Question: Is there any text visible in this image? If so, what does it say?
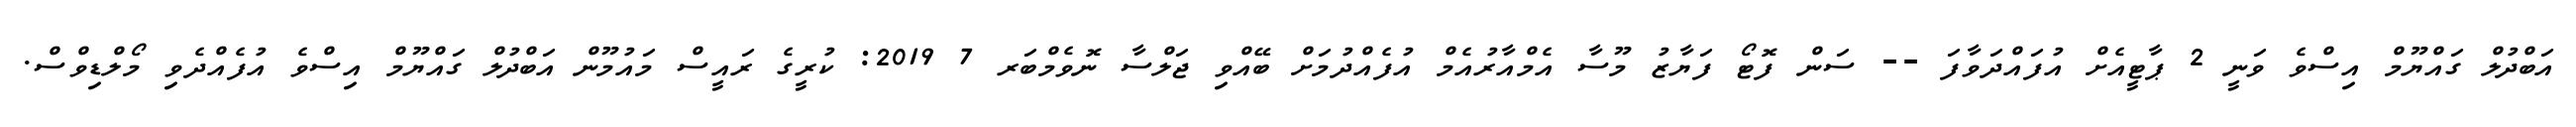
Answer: އަބްދުލް ގައްޔޫމް އިސްވެ ވަނީ 2 ޕާޓީއެށް އުފައްދަވާފަ -- ސަން ފޮޓޯ ފަޔާޒު މޫސާ އެމްއާރުއެމް އުފެއްދުމަށް ބޭއްވި ޖަލްސާ ނޮވެމްބަރ 7 2019: ކުރީގެ ރައީސް މައުމޫން އަބްދުލް ގައްޔޫމް އިސްވެ އުފެއްދެވި މޯލްޑިވްސް.